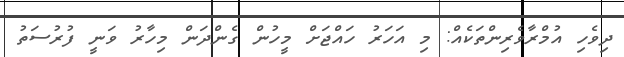
ދިވެހި އުމްރާވެރިންތަކެއް: މި އަހަރު ހައްޖަށް މީހުން ގެންދަން މިހާރު ވަނީ ފުރުސަތު